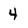
Character: 4